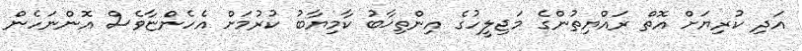
އަދި ކުރިޔަށް އޮތް ރައްޔިތުންގެ މަޖިލީހުގެ އިންތިޚާބު ކާމިޔާބު ކުރުމަށް އެހެންޏާވެސް އޮންނަހެން